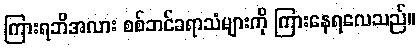
ကြားရဘိအလား စစ်ဘင်ခရာသံများကို ကြားနေရလေသည်။